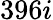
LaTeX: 396i